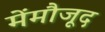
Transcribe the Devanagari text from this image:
मेंमौजूद